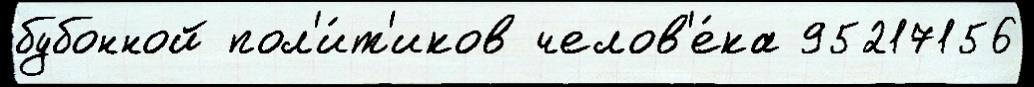
бубонной пол'и́т'иков челов'е́ка 95217156